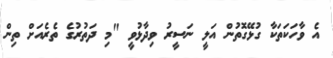
އެ ވާހަކަތަކާ ގުޅޭގޮތުން އަލީ ނަސީރު ވިދާޅުވީ "މި ދަތުރުގެ ތެރެއަށް ތިން